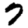
Digit: 7